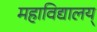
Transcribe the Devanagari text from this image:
महाविद्यालय्